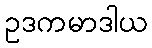
ဥဒကမာဒါယ